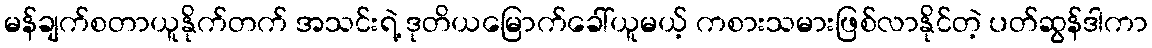
မန်ချက်စတာယူနိုက်တက် အသင်းရဲ့ ဒုတိယမြောက်ခေါ်ယူမယ့် ကစားသမားဖြစ်လာနိုင်တဲ့ ပတ်ဆွန်ဒါကာ